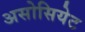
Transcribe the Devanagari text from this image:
असोसियेट